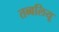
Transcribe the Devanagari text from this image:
तब्बलियू